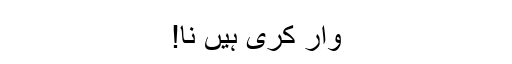
وار کری ہیں نا!